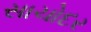
સાચોદર